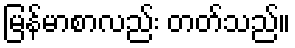
မြန်မာစာလည်း တတ်သည်။